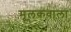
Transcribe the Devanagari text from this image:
मूलकवाला